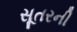
સૂતરની